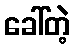
ခေါ်တဲ့